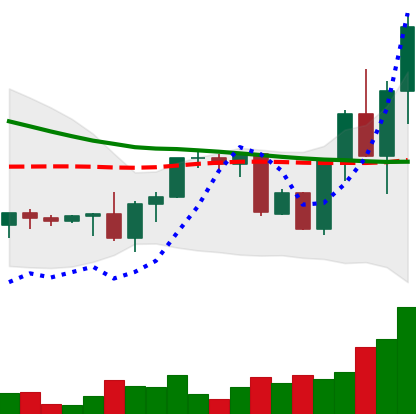
Ticker: XRP-USD
Chart end date: 2022-09-20
Forward return: 18.653%
Label: up_7plus